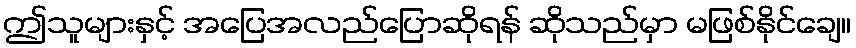
ဤသူများနှင့် အပြေအလည်ပြောဆိုရန် ဆိုသည်မှာ မဖြစ်နိုင်ချေ။